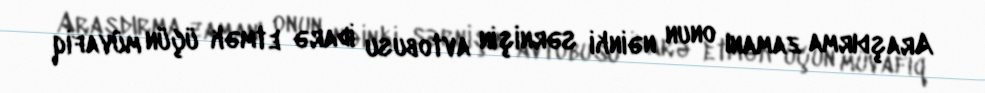
Araşdırma zamanı onun nəinki sərnişin avtobusu idarə etmək üçün müvafiq